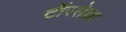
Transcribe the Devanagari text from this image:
टॉरसेल्ला